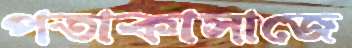
পতাকাসাজে